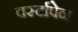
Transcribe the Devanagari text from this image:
वर्स्टापेन